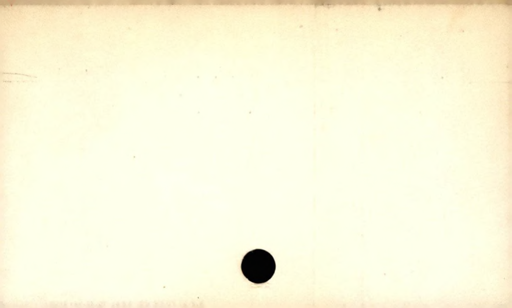
Label: blank